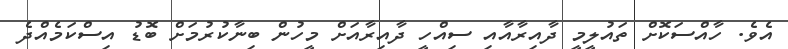
އެވެ. ހާއްސަކޮށް ތައުލީމީ ދާއިރާއާއި ސިއްހީ ދާއިރާއަށް މީހުން ބިނާކުރުމަށް ބޮޑު އިސްކަމެއްދެ